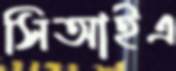
সিআইএ